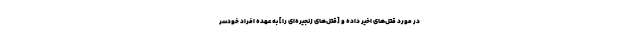
در مورد قتل‌هاى اخیر داده و [قتل‌های زنجیره‌ای را] به عهده افراد خودسر